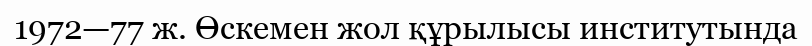
1972—77 ж. Өскемен жол құрылысы институтында